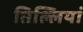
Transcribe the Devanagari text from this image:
तिल्लियां